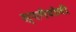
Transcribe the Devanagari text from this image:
स्पगैटोनी